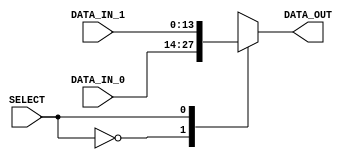
/*-----------------------------------------------------------------------------------
* Date generated: 25/03/2023
* Date modified: 15/05/2023
* Description: Selects between interpolation output (0) or external integer samples (1).
*----------------------------------------------------------------------------------- */

module mux_sel_buffer_in (
  input signed [13:0] DATA_IN_0,
  input signed [13:0] DATA_IN_1,
  input [0:0] SELECT,
  output reg signed [13:0] DATA_OUT
);
    

// ------------------------------------------
// Sequential logic
// ------------------------------------------
always @ (SELECT or DATA_IN_0 or DATA_IN_1)
  case (SELECT)
	1'b0: DATA_OUT = DATA_IN_0;
	1'b1: DATA_OUT = DATA_IN_1;
  endcase

endmodule // mux_sel_buffer_in